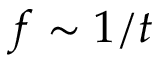
f \sim 1 / t